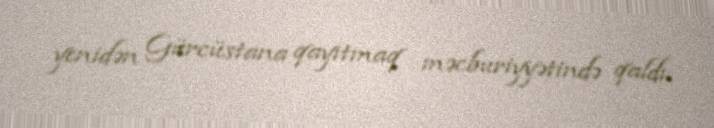
yenidən Gürcüstana qayıtmaq məcburiyyətində qaldı.